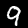
Digit: 9